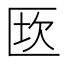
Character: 𠥈